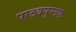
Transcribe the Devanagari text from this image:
पाट्यपुस्तक